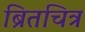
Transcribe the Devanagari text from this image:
ब्रितचित्र